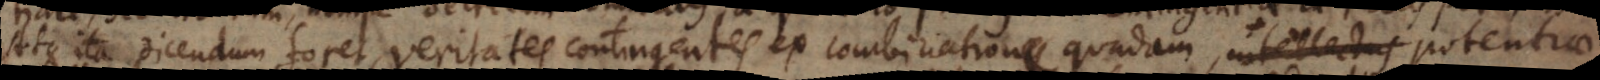
Atque ita dicendum foret, veritates contingentes ex combinatione quadam, intellectus potentiae,